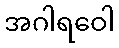
အဂါရဝေါ